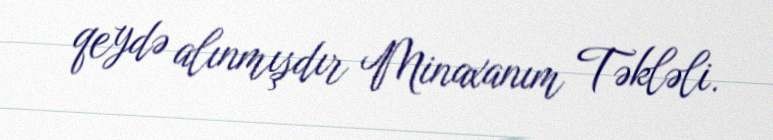
qeydə alınmışdır Minaxanım Təkləli.